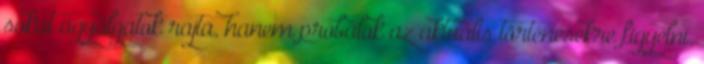
sokat agyalgatok rajta, hanem próbálok az aktuális történésekre figyelni.